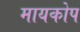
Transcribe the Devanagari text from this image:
मायकोप